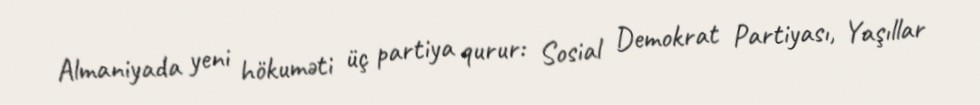
Almaniyada yeni hökuməti üç partiya qurur: Sosial Demokrat Partiyası, Yaşıllar